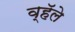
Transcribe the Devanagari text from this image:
व्हॅले